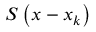
S \left( \boldsymbol { x } - \boldsymbol { x } _ { k } \right)